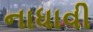
નાધાવી